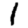
Digit: 1